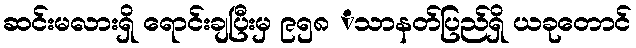
ဆင်းမလားရှိ ရောင်းချပြီးမှ ၉၅၈ ံသာနတ်ပြည်ရှိ ယခုတောင်